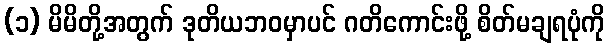
(၁) မိမိတို့အတွက် ဒုတိယဘဝမှာပင် ဂတိကောင်းဖို့ စိတ်မချရပုံကို